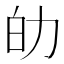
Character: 劰